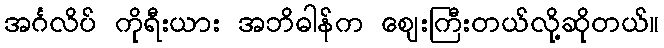
အင်္ဂလိပ် ကိုရီးယား အဘိဓါန်က ဈေးကြီးတယ်လို့ဆိုတယ်။